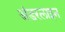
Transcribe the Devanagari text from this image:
अंडरलाइन